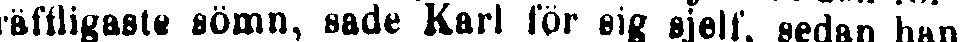
träffligaste sömn, sade Karl för sig sjelf, sedan han